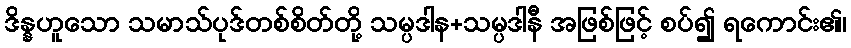
ဒိန္နဟူသော သမာသ်ပုဒ်တစ်စိတ်တို့ သမ္ပဒါန+သမ္ပဒါနီ အဖြစ်ဖြင့် စပ်၍ ရကောင်း၏၊